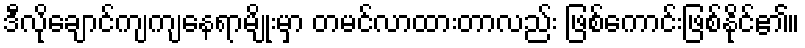
ဒီလိုချောင်ကျကျနေရာမျိုးမှာ တမင်လာထားတာလည်း ဖြစ်ကောင်းဖြစ်နိုင်၏။